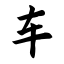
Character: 车